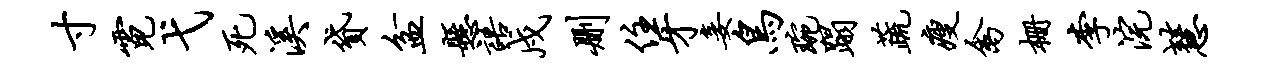
寸霓弋死溪贷盆悬语戍删住牙妾鸟琬蹋蔬瘦禽栅李浣慧